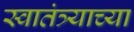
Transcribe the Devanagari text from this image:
स्‍वातंत्र्याच्‍या